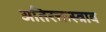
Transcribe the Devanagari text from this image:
अतिरक्तस्त्राव